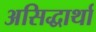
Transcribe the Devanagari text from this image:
असिद्धार्था